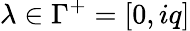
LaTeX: \lambda\in\Gamma^{+}=[0,iq]